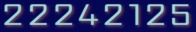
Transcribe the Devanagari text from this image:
२२२४२१२५